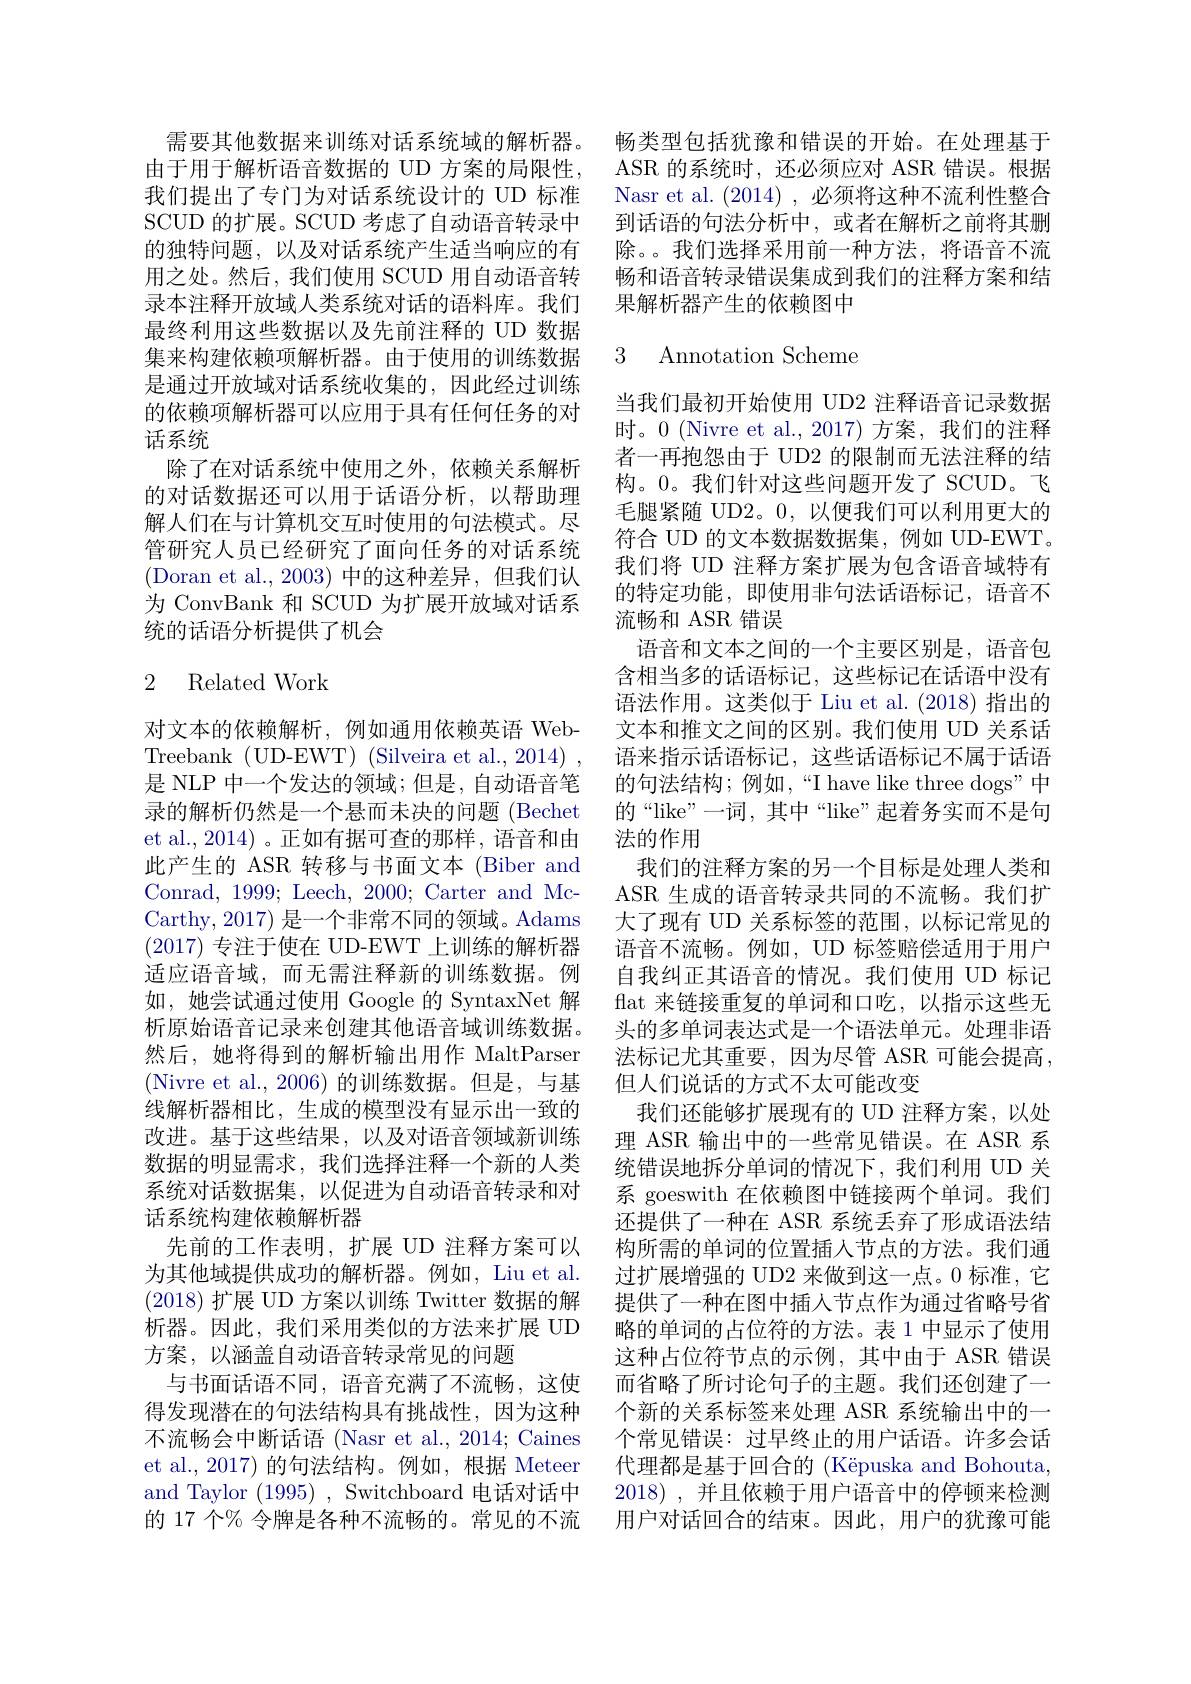
需要其他数据来训练对话系统域的解析器。由于用于解析语音数据的 UD 方案的局限性， 我们提出了专门为对话系统设计的 UD 标准SCUD 的扩展。SCUD 考虑了自动语音转录中的独特问题，以及对话系统产生适当响应的有用之处。然后，我们使用 SCUD 用自动语音转录本注释开放域人类系统对话的语料库。我们最终利用这些数据以及先前注释的 UD 数据集来构建依赖项解析器。由于使用的训练数据是通过开放域对话系统收集的，因此经过训练的依赖项解析器可以应用于具有任何任务的对话系统
除了在对话系统中使用之外，依赖关系解析的对话数据还可以用于话语分析，以帮助理解人们在与计算机交互时使用的句法模式。尽管研究人员已经研究了面向任务的对话系统(Doran et al.,2003)中的这种差异，但我们认， 为 ConvBank 和 SCUD 为扩展开放域对话系统的话语分析提供了机会

# 2 Related Work

对文本的依赖解析，例如通用依赖英语 WebTreebank (UD-EWT)(Silveira et al.,2014), 是 NLP 中一个发达的领域；但是，自动语音笔录的解析仍然是一个悬而未决的问题 (Bechet et al., 2014) 。正如有据可查的那样，语音和由此产生的 ASR 转移与书面文本 (Biber and Conrad, 1999; Leech, 2000; Carter and McCarthy, 2017) 是一个非常不同的领域。Adams (2017)专注于使在 UD-EWT 上训练的解析器适应语音域，而无需注释新的训练数据。例如，她尝试通过使用 Google 的 SyntaxNet 解析原始语音记录来创建其他语音域训练数据。然后，她将得到的解析输出用作 MaltParser (Nivre et al.,2006)的训练数据。但是，与基线解析器相比，生成的模型没有显示出一致的改进。基于这些结果，以及对语音领域新训练数据的明显需求，我们选择注释一个新的人类系统对话数据集，以促进为自动语音转录和对话系统构建依赖解析器
先前的工作表明，扩展 UD 注释方案可以为其他域提供成功的解析器。例如，Liu et al. (2018) 扩展 UD 方案以训练 Twitter 数据的解析器。因此，我们采用类似的方法来扩展 UD 方案，以涵盖自动语音转录常见的问题
与书面话语不同，语音充满了不流畅，这使得发现潜在的句法结构具有挑战性，因为这种不流畅会中断话语 (Nasr et al., 2014; Caines et al., 2017) 的句法结构。例如，根据 Meteer and Taylor (1995) , Switchboard 电话对话中的 17 个% 令牌是各种不流畅的。常见的不流

畅类型包括犹豫和错误的开始。在处理基于ASR 的系统时，还必须应对 ASR 错误。根据Nasr et al. (2014),必须将这种不流利性整合到话语的句法分析中，或者在解析之前将其删除。。我们选择采用前一种方法，将语音不流畅和语音转录错误集成到我们的注释方案和结果解析器产生的依赖图中

### 3 Annotation Scheme

当我们最初开始使用 UD2 注释语音记录数据时。0 (Nivre et al.,2017)方案，我们的注释者一再抱怨由于 UD2 的限制而无法注释的结构。0。我们针对这些问题开发了 SCUD。飞毛腿紧随 UD2。0,以便我们可以利用更大的符合 UD 的文本数据数据集，例如 UD-EWT。我们将 UD 注释方案扩展为包含语音域特有的特定功能，即使用非句法话语标记，语音不流畅和 ASR 错误
语音和文本之间的一个主要区别是，语音包含相当多的话语标记，这些标记在话语中没有语法作用。这类似于 Liu et al. (2018) 指出的文本和推文之间的区别。我们使用 UD 关系话语来指示话语标记，这些话语标记不属于话语的句法结构；例如，“I have like three dogs”中的“like”一词，其中“like”起着务实而不是句法的作用
我们的注释方案的另一个目标是处理人类和ASR 生成的语音转录共同的不流畅。我们扩大了现有 UD 关系标签的范围，以标记常见的语音不流畅。例如，UD 标签赔偿适用于用户自我纠正其语音的情况。我们使用 UD 标记flat 来链接重复的单词和口吃，以指示这些无头的多单词表达式是一个语法单元。处理非语法标记尤其重要，因为尽管 ASR 可能会提高， 但人们说话的方式不太可能改变
我们还能够扩展现有的 UD 注释方案，以处理 ASR 输出中的一些常见错误。在 ASR 系统错误地拆分单词的情况下，我们利用 UD 关系 goeswith 在依赖图中链接两个单词。我们还提供了一种在 ASR 系统丢弃了形成语法结构所需的单词的位置插入节点的方法。我们通过扩展增强的 UD2 来做到这一点。0 标准，它提供了一种在图中插人节点作为通过省略号省略的单词的占位符的方法。表 1 中显示了使用这种占位符节点的示例，其中由于 ASR 错误而省略了所讨论句子的主题。我们还创建了一个新的关系标签来处理 ASR 系统输出中的一个常见错误：过早终止的用户话语。许多会话代理都是基于回合的 (Këpuska and Bohouta, 2018),并且依赖于用户语音中的停顿来检测用户对话回合的结束。因此，用户的犹豫可能